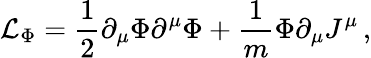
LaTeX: {\cal L}_{\Phi}=\frac{1}{2}\partial_{\mu}\Phi\partial^{\mu}\Phi+\frac{1}{m}\Phi\partial_{\mu}J^{\mu}\, ,